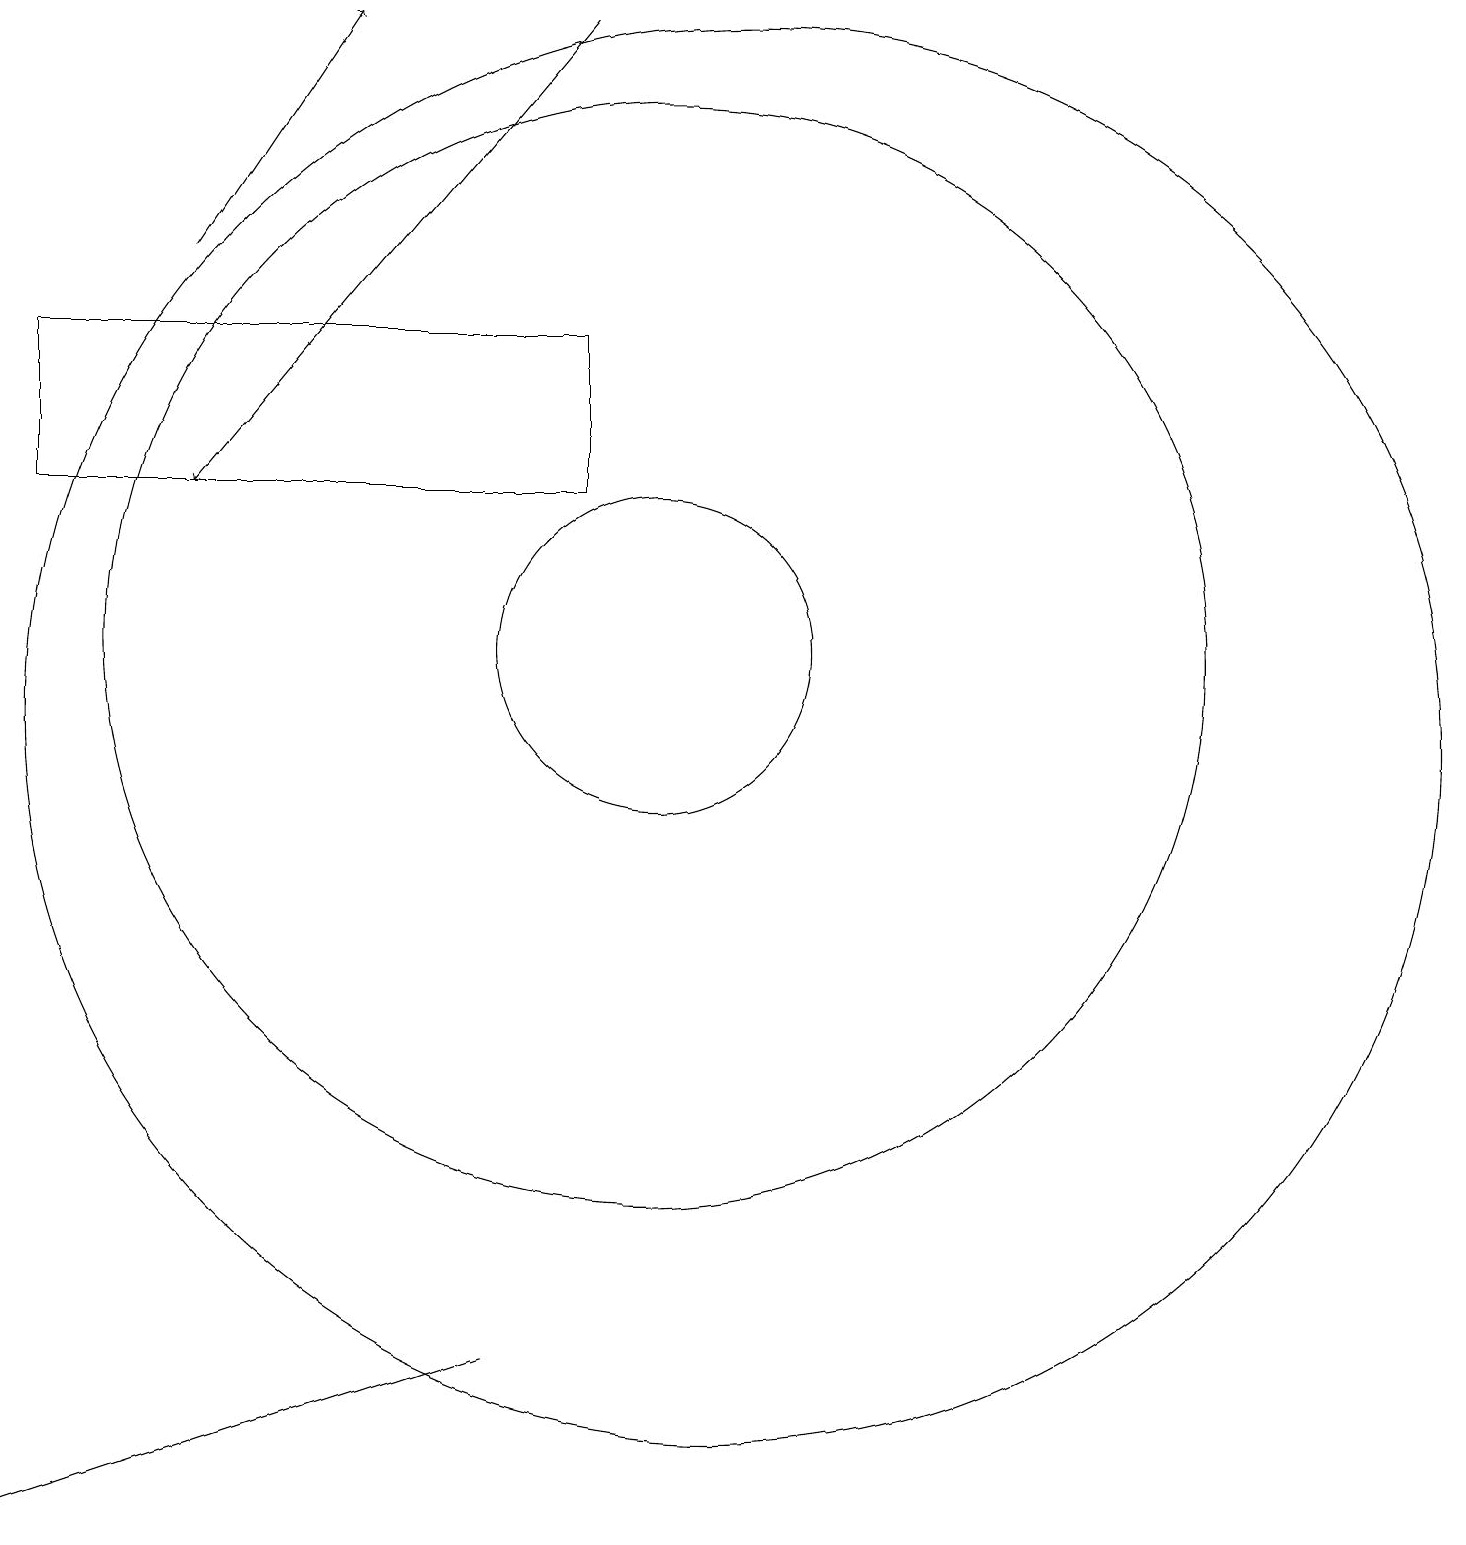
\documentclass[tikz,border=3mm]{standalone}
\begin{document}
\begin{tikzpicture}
\draw[->] (9,19) -- (4,13);
\draw (9,15) rectangle (2,13);
\draw (8,2) -- (2,0) -- (8,2) -- cycle;
\draw (11,10) circle (9);
\draw (10,11) circle (7);
\draw[->] (4,16) -- (6,19);
\draw (10,11) circle (2);
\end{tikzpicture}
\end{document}